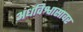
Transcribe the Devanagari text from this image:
अंधविश्वासावर